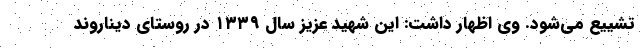
تشییع می‌شود. وی اظهار داشت: این شهید عزیز سال ۱۳۳۹ در روستای دیناروند